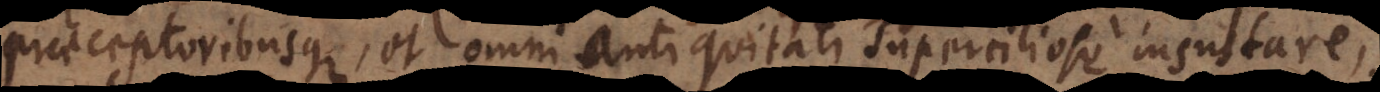
praeceptoribusque, et omni antiquitati superciliose insultare,